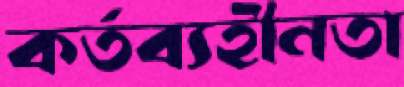
কর্তব্যহীনতা